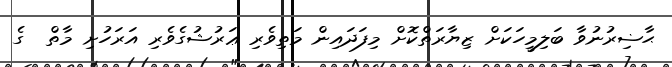
ޙާޟިރުނުވާ ބަލިމީހަކަށް ޒިޔާރަތްކޮށް މިފަދައިން މަތިވެރި ޢަރުޝުގެވެރި އަރަހުށި މާތް  ގެ